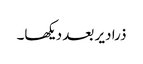
ذرا دیر بعد دیکھا۔